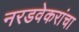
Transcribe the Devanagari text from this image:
नरडवेकरांचा